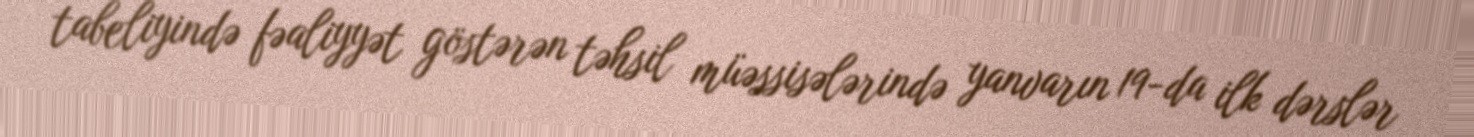
tabeliyində fəaliyyət göstərən təhsil müəssisələrində yanvarın 19-da ilk dərslər